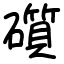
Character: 礩